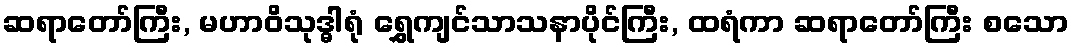
ဆရာတော်ကြီး, မဟာဝိသုဒ္ဓါရုံ ရွှေကျင်သာသနာပိုင်ကြီး, ထရံကာ ဆရာတော်ကြီး စသော